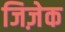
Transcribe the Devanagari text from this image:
जिज़ेक